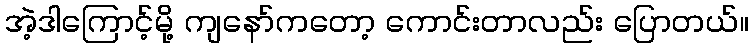
အဲ့ဒါကြောင့်မို့ ကျနော်ကတော့ ကောင်းတာလည်း ပြောတယ်။